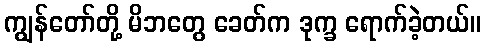
ကျွန်တော်တို့ မိဘတွေ ခေတ်က ဒုက္ခ ရောက်ခဲ့တယ်။